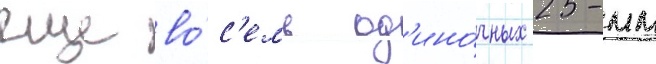
еще во́с'емь од'ино́чных 25-мм